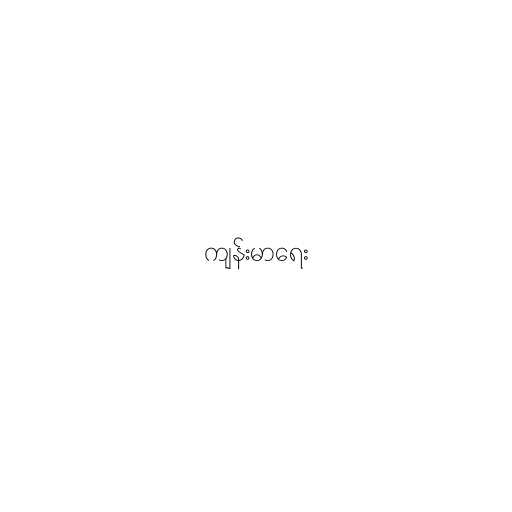
ကျန်းမာရေး